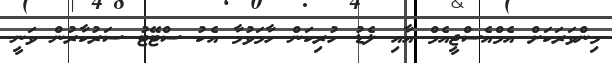
މިންވަރަކަށް އެމްއެސްޖީއެމް އާއި ލެޑު ހުރިކަން ހާމަވުމާ އެކު ސްޓޭޓު ސަރުކާރުން ވަނީ